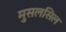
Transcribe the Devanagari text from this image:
मुसलसिल